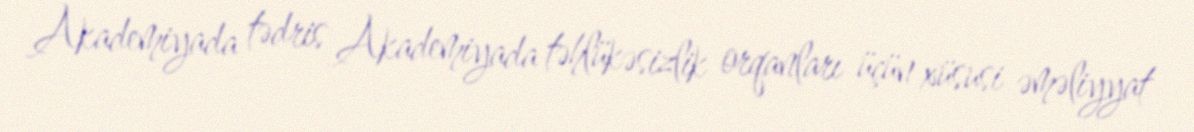
Akademiyada tədris Akademiyada təhlükəsizlik orqanları üçün xüsusi əməliyyat